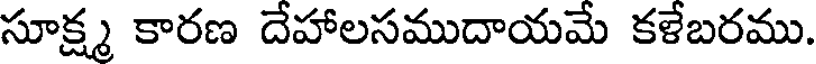
సూక్ష్మ కారణ దేహాలసముదాయమే కళేబరము.